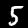
Digit: 5